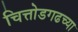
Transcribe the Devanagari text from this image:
चित्तोडगढच्या